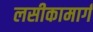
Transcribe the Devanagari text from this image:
लसीकामार्ग